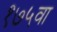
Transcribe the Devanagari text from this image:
१७५वा